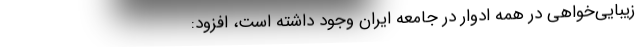
زیبایی‌خواهی در همه ادوار در جامعه ایران وجود داشته‌ است، افزود: